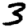
Digit: 3